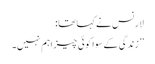
لارنس نے کہا تھا:
’’ زندگی کے سوا کوئی چیز اہم نہیں۔